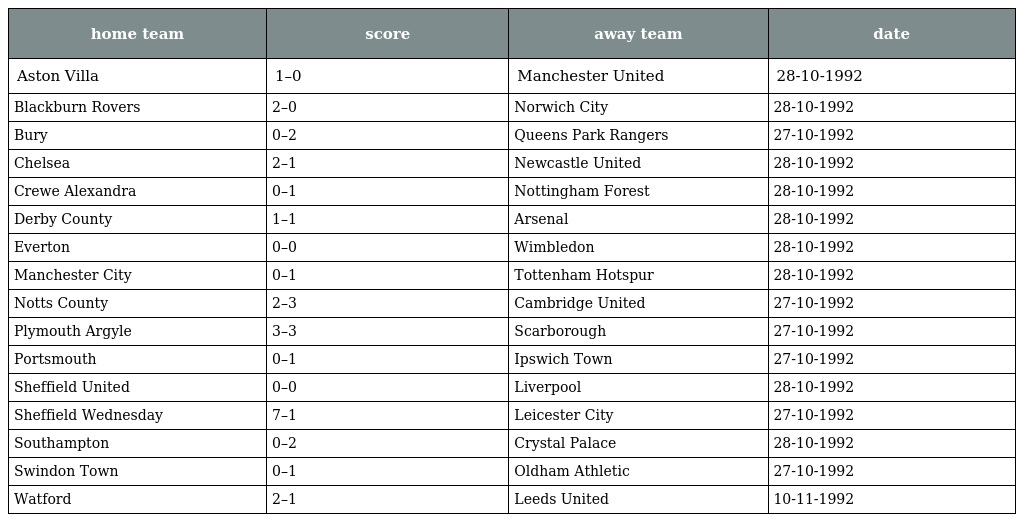
| home team | score | away team | date |
 | --- | --- | --- | --- |
 | Aston Villa | 1–0 | Manchester United | 28-10-1992 |
 | Blackburn Rovers | 2–0 | Norwich City | 28-10-1992 |
 | Bury | 0–2 | Queens Park Rangers | 27-10-1992 |
 | Chelsea | 2–1 | Newcastle United | 28-10-1992 |
 | Crewe Alexandra | 0–1 | Nottingham Forest | 28-10-1992 |
 | Derby County | 1–1 | Arsenal | 28-10-1992 |
 | Everton | 0–0 | Wimbledon | 28-10-1992 |
 | Manchester City | 0–1 | Tottenham Hotspur | 28-10-1992 |
 | Notts County | 2–3 | Cambridge United | 27-10-1992 |
 | Plymouth Argyle | 3–3 | Scarborough | 27-10-1992 |
 | Portsmouth | 0–1 | Ipswich Town | 27-10-1992 |
 | Sheffield United | 0–0 | Liverpool | 28-10-1992 |
 | Sheffield Wednesday | 7–1 | Leicester City | 27-10-1992 |
 | Southampton | 0–2 | Crystal Palace | 28-10-1992 |
 | Swindon Town | 0–1 | Oldham Athletic | 27-10-1992 |
 | Watford | 2–1 | Leeds United | 10-11-1992 |